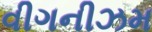
વીગનીઝમ